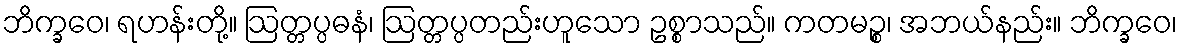
ဘိက္ခဝေ၊ ရဟန်းတို့။ ဩတ္တပ္ပဓနံ၊ ဩတ္တပ္ပတည်းဟူသော ဥစ္စာသည်။ ကတမဉ္စ၊ အဘယ်နည်း။ ဘိက္ခဝေ၊